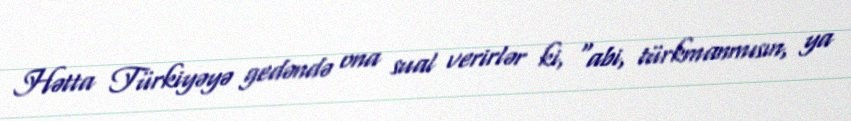
Hətta Türkiyəyə gedəndə ona sual verirlər ki, “abi, türkmanmısın, ya